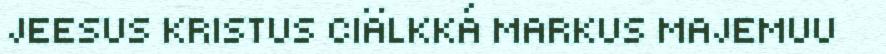
JEESUS KRISTUS CIÄLKKÁ MARKUS MAJEMUU